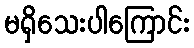
မရှိသေးပါကြောင်း